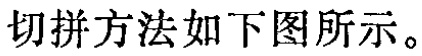
切拼方法如下图所示。